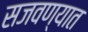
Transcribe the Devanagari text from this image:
सजवण्यात